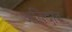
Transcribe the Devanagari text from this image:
अतिदाट